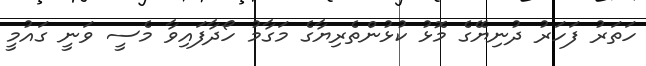
ހަތަރު ފަހަރު ދުނިޔޭގެ މޮޅު ކުޅުންތެރިޔާގެ މަގާމު ހޯދާފައިވާ މެސީ ވަނީ ގައުމީ